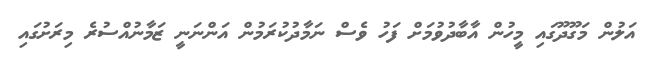
އަލުން މަގޫދޫގައި މީހުން އާބާދުވުމަށް ފަހު ވެސް ނަމާދުކުރަމުން އަންނަނީ ޒަމާނުއްސުރެ މިރަށުގައި